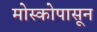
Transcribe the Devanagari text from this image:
मोस्कोपासून